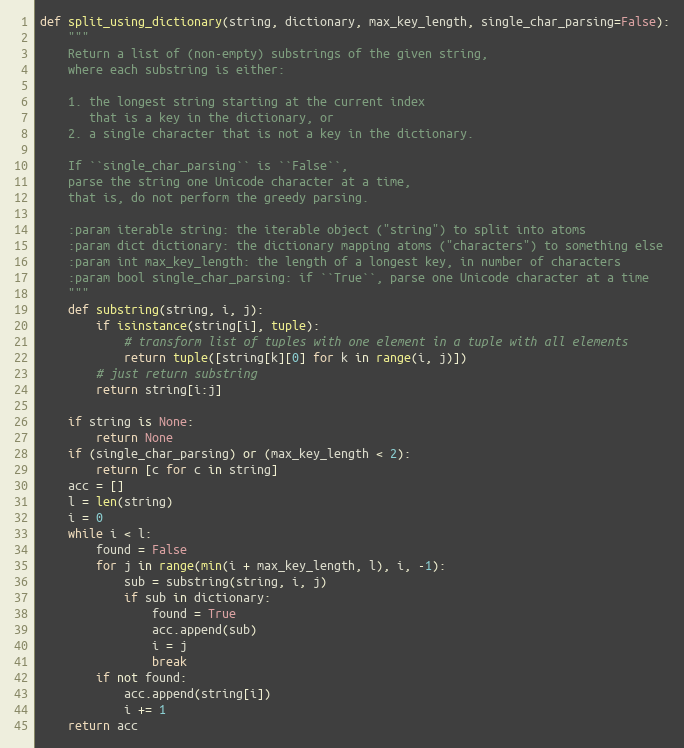
Language: Python
def split_using_dictionary(string, dictionary, max_key_length, single_char_parsing=False):
    """
    Return a list of (non-empty) substrings of the given string,
    where each substring is either:

    1. the longest string starting at the current index
       that is a key in the dictionary, or
    2. a single character that is not a key in the dictionary.

    If ``single_char_parsing`` is ``False``,
    parse the string one Unicode character at a time,
    that is, do not perform the greedy parsing.

    :param iterable string: the iterable object ("string") to split into atoms
    :param dict dictionary: the dictionary mapping atoms ("characters") to something else
    :param int max_key_length: the length of a longest key, in number of characters
    :param bool single_char_parsing: if ``True``, parse one Unicode character at a time
    """
    def substring(string, i, j):
        if isinstance(string[i], tuple):
            # transform list of tuples with one element in a tuple with all elements
            return tuple([string[k][0] for k in range(i, j)])
        # just return substring
        return string[i:j]

    if string is None:
        return None
    if (single_char_parsing) or (max_key_length < 2):
        return [c for c in string]
    acc = []
    l = len(string)
    i = 0
    while i < l:
        found = False
        for j in range(min(i + max_key_length, l), i, -1):
            sub = substring(string, i, j)
            if sub in dictionary:
                found = True
                acc.append(sub)
                i = j
                break
        if not found:
            acc.append(string[i])
            i += 1
    return acc